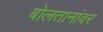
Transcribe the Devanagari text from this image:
बोलतानांवर